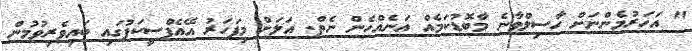
" އަހަރުމެންނަށް ހާސިލްވާނެ މާބޮޑުކަމެއް އަނެއްހެން ނެތް. އަލަށް މިފަހަރު އޭއެފްސީކަޕުގައި ބައިވެރިވުމުން